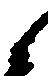
候